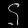
Digit: ၄